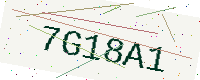
Text: 7G18A1